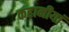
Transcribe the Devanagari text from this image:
कहानीयां